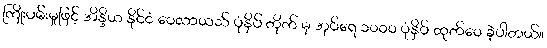
ကြိုးပမ်းမှုဖြင့် အိန္ဒိယ နိုင်ငံ ဝေလာယသ် ပုံနှိပ် တိုက် မှ အုပ်ရေ ၁၀၀၀ ပုံနှိပ် ထုတ်ဝေ ခဲ့ပါတယ်။